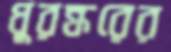
ধুরন্ধরের